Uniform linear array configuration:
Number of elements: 24
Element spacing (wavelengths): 1
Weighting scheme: blackman
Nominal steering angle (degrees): -60
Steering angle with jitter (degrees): -60.751
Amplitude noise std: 0.05
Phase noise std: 0.05

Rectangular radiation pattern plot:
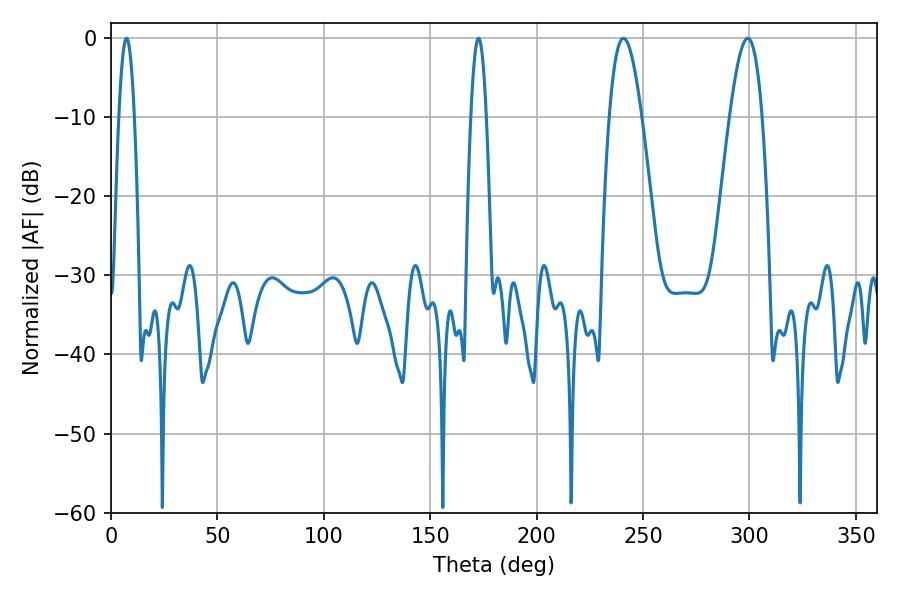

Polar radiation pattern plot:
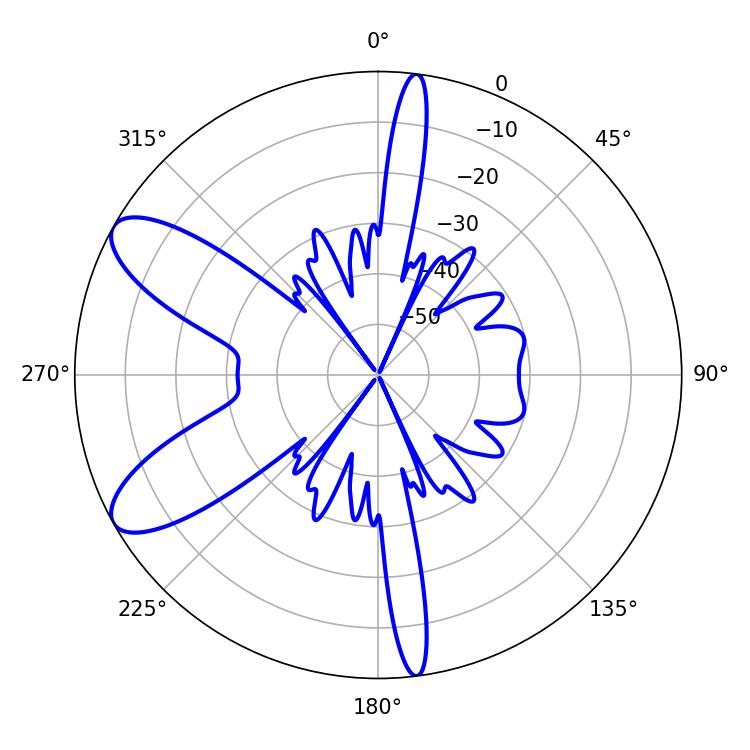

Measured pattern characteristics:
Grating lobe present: TRUE
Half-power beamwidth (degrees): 8.28
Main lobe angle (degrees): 299.16